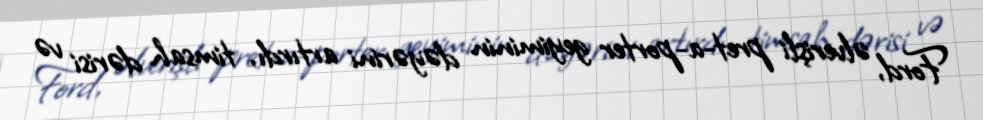
Ford, əlverişli pret-a-porter geyiminin dəyərini artırdı, timsah dərisi və